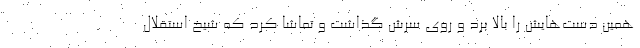
همین دست‌هایش را بالا برد و روی سرش گذاشت و تماشا کرد که شیخ استقلال